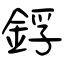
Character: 鋢